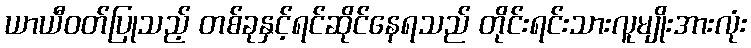
ယာယီဝတ်ပြုသည့် တစ်ခုနှင့်ရင်ဆိုင်နေရသည် တိုင်းရင်းသားလူမျိုးအားလုံး